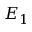
E _ { 1 }